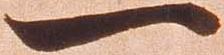
一